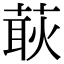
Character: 𦵸